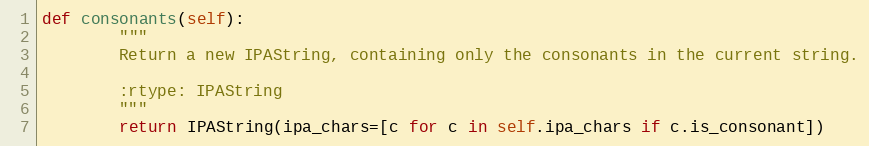
Language: Python
def consonants(self):
        """
        Return a new IPAString, containing only the consonants in the current string.

        :rtype: IPAString
        """
        return IPAString(ipa_chars=[c for c in self.ipa_chars if c.is_consonant])